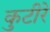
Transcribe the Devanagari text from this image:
कुटीरे